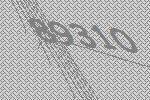
89310